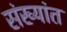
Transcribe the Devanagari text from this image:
संख्यांत